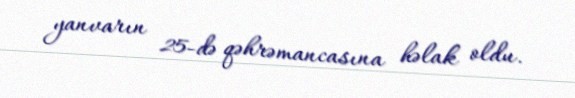
yanvarın 25-də qəhrəmancasına həlak oldu.